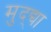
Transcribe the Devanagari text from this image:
मुद्द्या